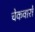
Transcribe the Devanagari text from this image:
चेकवारों